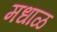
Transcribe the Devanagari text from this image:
मधाळ